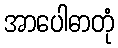
အာပေါဓာတုံ